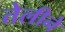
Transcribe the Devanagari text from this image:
तेलीने